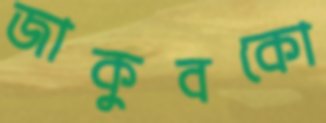
জাকুবকো